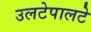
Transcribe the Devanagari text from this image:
उलटेपालटे